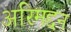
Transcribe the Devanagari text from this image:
अरिमद्दन